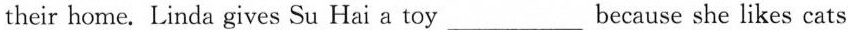
their home. Linda gives Su Hai a toy___because she likes cats